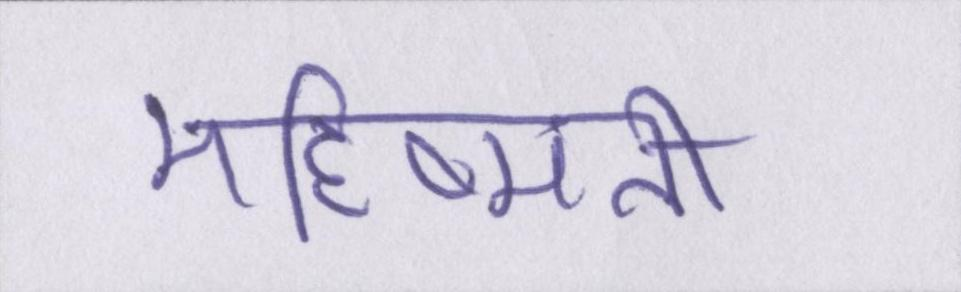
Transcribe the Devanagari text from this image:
महिष्मती